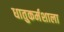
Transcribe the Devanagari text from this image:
धातुकर्मशाला